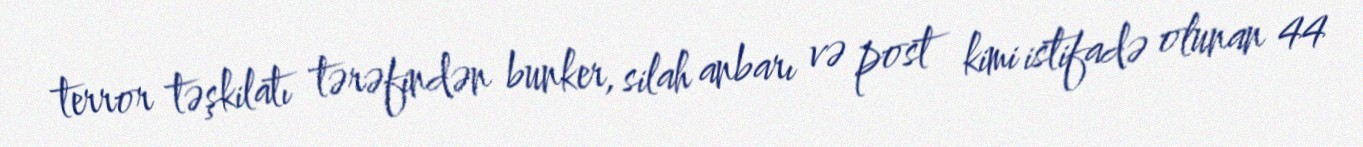
terror təşkilatı tərəfindən bunker, silah anbarı və post kimi istifadə olunan 44